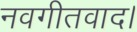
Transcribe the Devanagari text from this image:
नवगीतवाद।